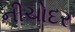
નીચોદર